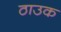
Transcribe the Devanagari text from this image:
ठाउक